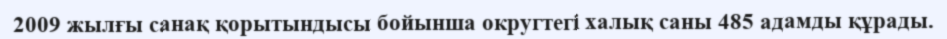
2009 жылғы санақ қорытындысы бойынша округтегі халық саны 485 адамды құрады.